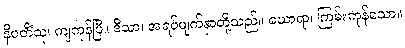
နိပတိံသု၊ ကျကုန်ပြီ။ ဒီသာ၊ အရပ်မျက်နှာတို့သည်။ ဃောရာ၊ ကြမ်းကုန်သော။